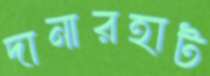
দানারহাট